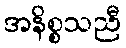
အနိစ္စသညီ